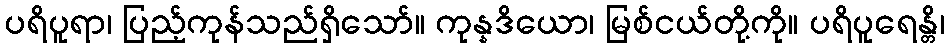
ပရိပူရာ၊ ပြည့်ကုန်သည်ရှိသော်။ ကုန္နဒိယော၊ မြစ်ငယ်တို့ကို။ ပရိပူရေန္တိ၊